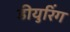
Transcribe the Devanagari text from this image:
डीयुरिंग